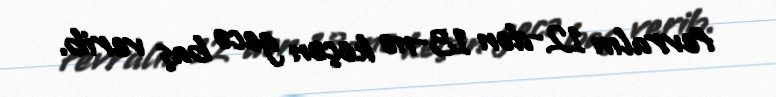
fevralın 12-dən 13-nə keçən gecə baş verib.